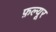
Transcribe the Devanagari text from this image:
फ़ल्यूर